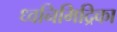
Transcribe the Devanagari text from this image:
ध्वनिमिद्रिका